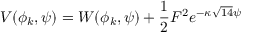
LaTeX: { V ( \phi _ { k } , \psi ) = W ( \phi _ { k } , \psi ) + \frac { 1 } { 2 } F ^ { 2 } e ^ { - \kappa \sqrt { 1 4 } \psi } }